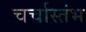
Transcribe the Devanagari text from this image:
चर्चास्तंभ